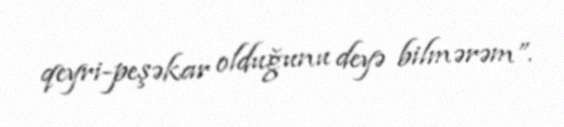
qeyri-peşəkar olduğunu deyə bilmərəm”.